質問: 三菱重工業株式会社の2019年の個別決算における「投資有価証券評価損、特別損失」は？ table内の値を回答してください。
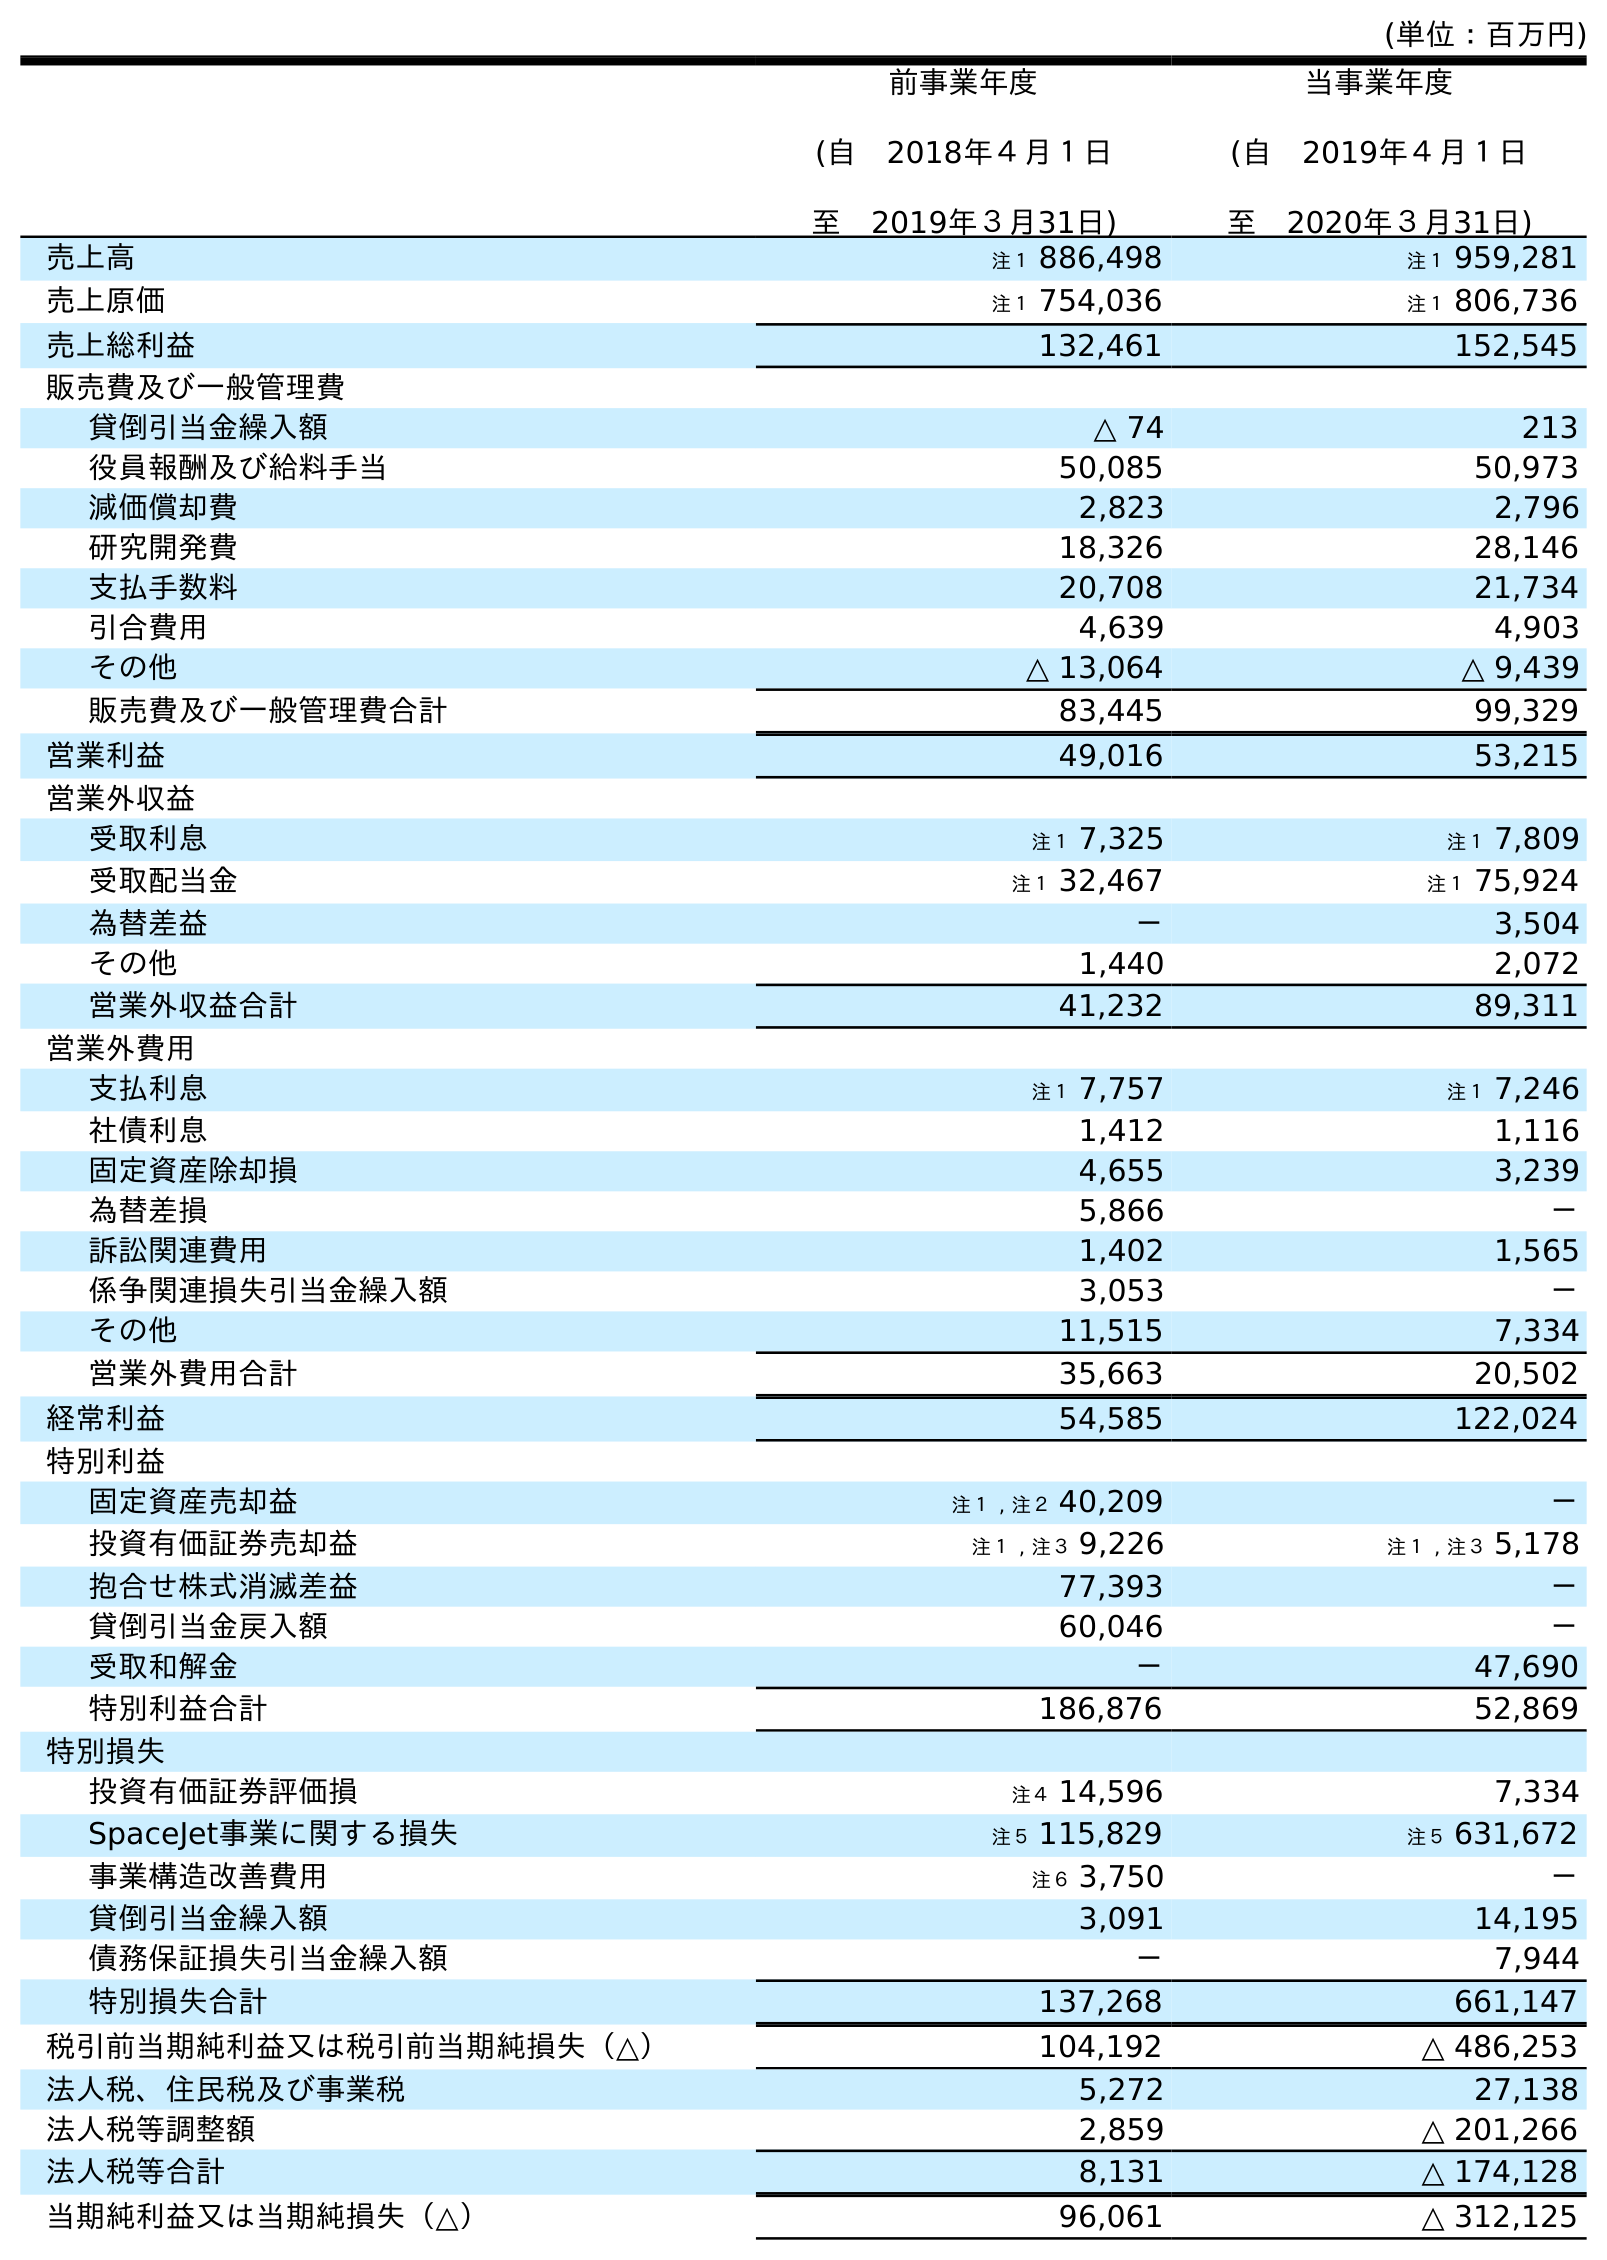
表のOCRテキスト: (単位：百万円) 前事業年度 (自 2018年４月１日 至 2019年３月31日) 当事業年度 (自 2019年４月１日 至 2020年３月31日) 売上高 注１ 886,498 注１ 959,281 売上原価 注１ 754,036 注１ 806,736 売上総利益 132,461 152,545 販売費及び一般管理費 貸倒引当金繰入額 △ 74 213 役員報酬及び給料手当 50,085 50,973 減価償却費 2,823 2,796 研究開発費 18,326 28,146 支払手数料 20,708 21,734 引合費用 4,639 4,903 その他 △ 13,064 △ 9,439 販売費及び一般管理費合計 83,445 99,329 営業利益 49,016 53,215 営業外収益 受取利息 注１ 7,325 注１ 7,809 受取配当金 注１ 32,467 注１ 75,924 為替差益 － 3,504 その他 1,440 2,072 営業外収益合計 41,232 89,311 営業外費用 支払利息 注１ 7,757 注１ 7,246 社債利息 1,412 1,116 固定資産除却損 4,655 3,239 為替差損 5,866 － 訴訟関連費用 1,402 1,565 係争関連損失引当金繰入額 3,053 － その他 11,515 7,334 営業外費用合計 35,663 20,502 経常利益 54,585 122,024 特別利益 固定資産売却益 注１ , 注２ 40,209 － 投資有価証券売却益 注１ , 注３ 9,226 注１ , 注３ 5,178 抱合せ株式消滅差益 77,393 － 貸倒引当金戻入額 60,046 － 受取和解金 － 47,690 特別利益合計 186,876 52,869 特別損失 投資有価証券評価損 注４ 14,596 7,334 SpaceJet事業に関する損失 注５ 115,829 注５ 631,672 事業構造改善費用 注６ 3,750 － 貸倒引当金繰入額 3,091 14,195 債務保証損失引当金繰入額 － 7,944 特別損失合計 137,268 661,147 税引前当期純利益又は税引前当期純損失（△） 104,192 △ 486,253 法人税、住民税及び事業税 5,272 27,138 法人税等調整額 2,859 △ 201,266 法人税等合計 8,131 △ 174,128 当期純利益又は当期純損失（△） 96,061 △ 312,125
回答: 注４14,596